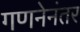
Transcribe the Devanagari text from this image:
गणनेनंतर